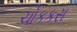
ચોકકસ